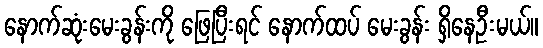
နောက်ဆုံးမေးခွန်းကို ဖြေပြီးရင် နောက်ထပ် မေးခွန်း ရှိနေဦးမယ်။